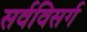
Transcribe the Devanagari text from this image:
सर्वविसर्ग